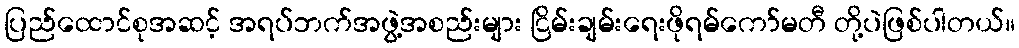
ပြည်ထောင်စုအဆင့် အရပ်ဘက်အဖွဲ့အစည်းများ ငြိမ်းချမ်းရေးဖိုရမ်ကော်မတီ တို့ပဲဖြစ်ပါတယ်။